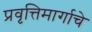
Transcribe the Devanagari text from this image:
प्रवृत्तिमार्गाचे